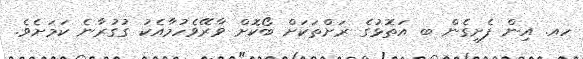
ހއ. އިން ފެށިގެން ބ އަތޮޅުގެ ރަށްތަަކަށް ބޯކޮށް ވާރޭވެހުމާއެކު ގުގުރާނެ ކަމަށެވެ.